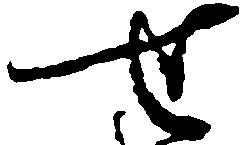
せ